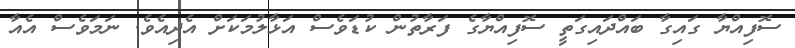
ސޮފިއްޔާ ގައިގާ ބައްދައިގަތީ ސޮފިއްޔާގެ ފަރާތުން ކުޑަވެސް އަޅާލުމަކަށް އެދިއެވެ. ނަމަވެސް އެއާ